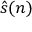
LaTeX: { \hat { s } } ( n )